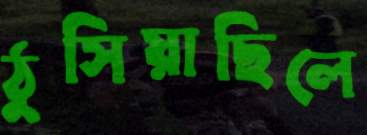
ঠুসিয়াছিলে